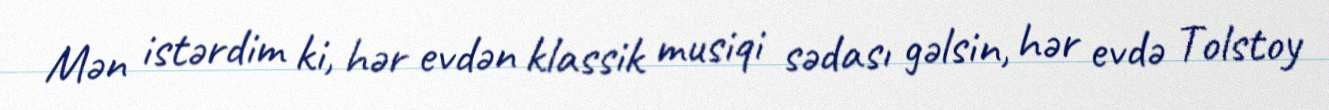
Mən istərdim ki, hər evdən klassik musiqi sədası gəlsin, hər evdə Tolstoy